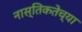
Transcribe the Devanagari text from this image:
नास्तिकतेच्या